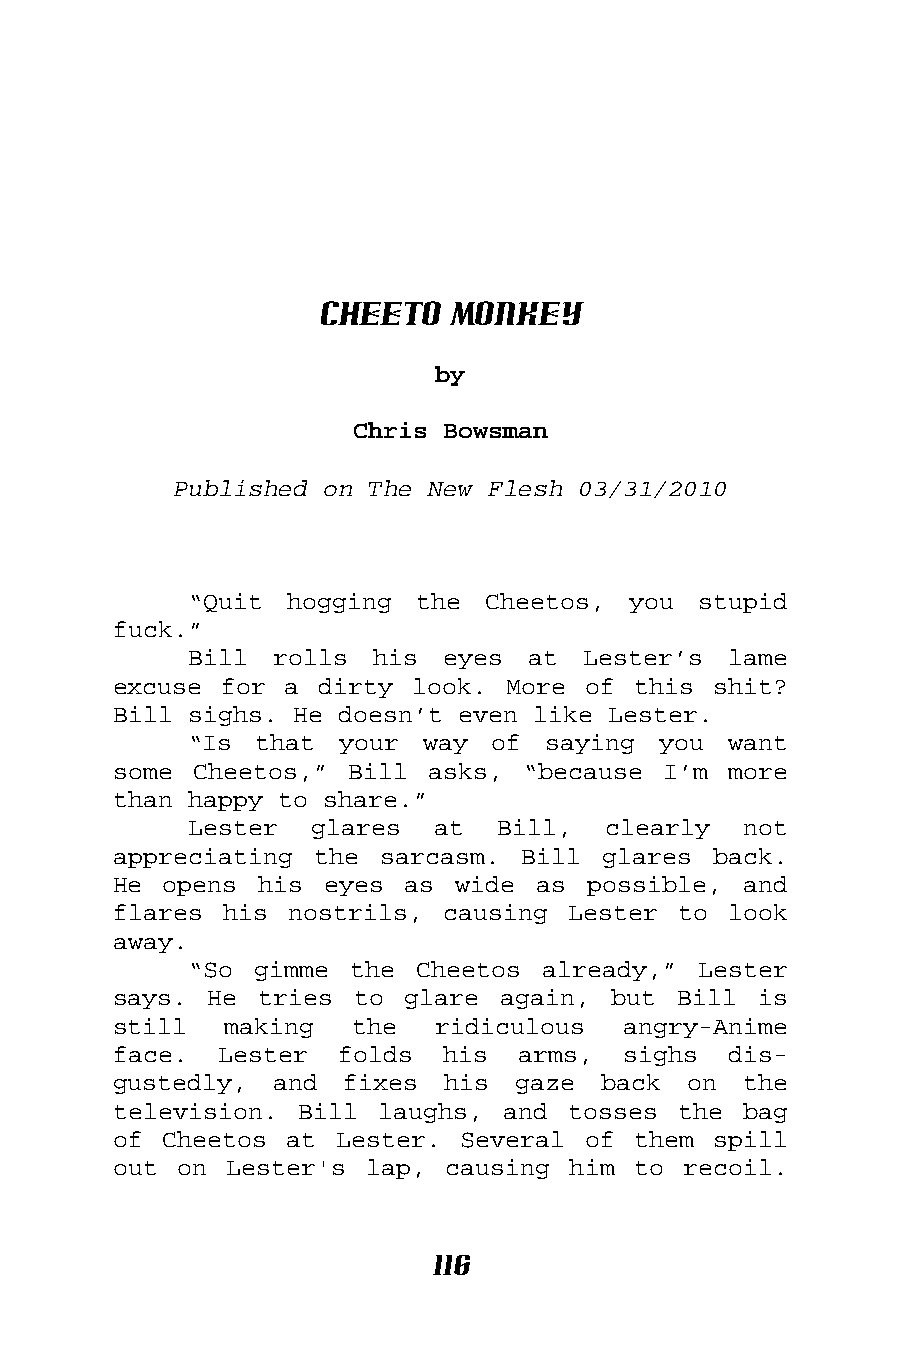
Cheeto  Monkey
 by
 Chris Bowsman
 Published on The New Flesh 03/31/2010
 “Quit hogging  the Cheetos,  you  stupid
 fuck.”
 Bill rolls  his  eyes at  Lester’s  lame
 excuse for a  dirty look. More of this  shit?
 Bill sighs. He doesn’t even like Lester.
 “Is that  your way  of  saying you  want
 some Cheetos,” Bill  asks, “because I’m  more
 than happy to share.”
 Lester  glares  at  Bill,  clearly   not
 appreciating the  sarcasm. Bill glares  back.
 He opens  his eyes as  wide as possible,  and
 flares his nostrils,  causing Lester to  look
 away.
 “So gimme  the Cheetos already,”  Lester
 says. He  tries to glare  again, but Bill  is
 still  making   the  ridiculous   angry-Anime
 face.  Lester  folds  his  arms,  sighs  dis-
 gustedly,  and fixes  his  gaze back  on  the
 television. Bill laughs,  and tosses the  bag
 of Cheetos at  Lester. Several of them  spill
 out on Lester's  lap, causing him to  recoil.
 116